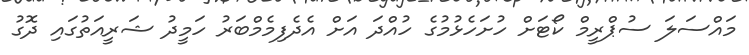
މައްސަލަ ސުޕްރީމް ކޯޓަށް ހުށަހެޅުމުގެ ހުއްދަ އަށް އެދެފިމެމްބަރު ހަމީދު ޝަރީއަތުގައި ދޮގު